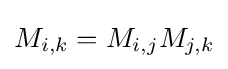
M_{i,k}=M_{i,j}M_{j,k}